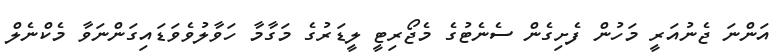
އަންނަ ޖެނުއަރީ މަހުން ފެށިގެން ސެނެޓުގެ މެޖޯރިޓީ ލީޑަރުގެ މަގާމާ ހަވާލުވެވަޑައިގަންނަވާ މެކްނެލް